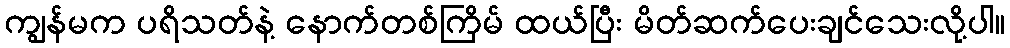
ကျွန်မက ပရိသတ်နဲ့ နောက်တစ်ကြိမ် ထယ်ပြီး မိတ်ဆက်ပေးချင်သေးလို့ပါ။